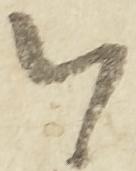
以